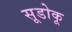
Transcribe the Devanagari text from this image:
सूडोकू